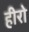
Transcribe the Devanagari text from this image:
हीरो